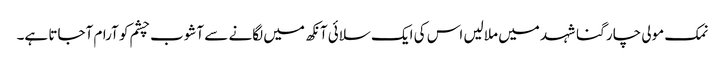
نمک مولی چار گنا شہد میں ملالیں اس کی ایک سلائی آنکھ میں لگانے سے آشوب چشم کو آرام آجاتا ہے۔